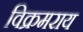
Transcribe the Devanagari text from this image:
विक्रमराय